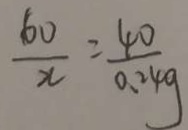
\frac { 6 0 } { x } = \frac { 4 0 } { 0 . 2 4 g }